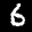
Label: 6